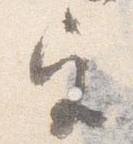
宮